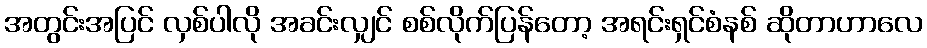
အတွင်းအပြင် လှစ်ပါလို အခင်းလျှင် စစ်လိုက်ပြန်တော့ အရင်းရှင်စံနစ် ဆိုတာဟာလေ